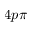
4 p \pi